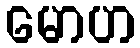
မောဟ